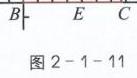
\begin{figure}[h]
\centering
\begin{tikzpicture}
\draw (-2,0) -- (2,0);
\node[left] at (-2,0) {$B$};
\node[below] at (-1,0) {$E$};
\node[below] at (1,0) {$C$};
\draw[thick, -latex] (-2,0) -- (-2,-0.5);
\end{tikzpicture}
\caption{图 2 - 1 - 11}
\end{figure}